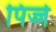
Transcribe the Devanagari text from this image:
पिज्जे